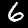
Label: 6